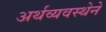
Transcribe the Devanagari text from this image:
अर्थव्यवस्थेने